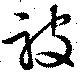
被